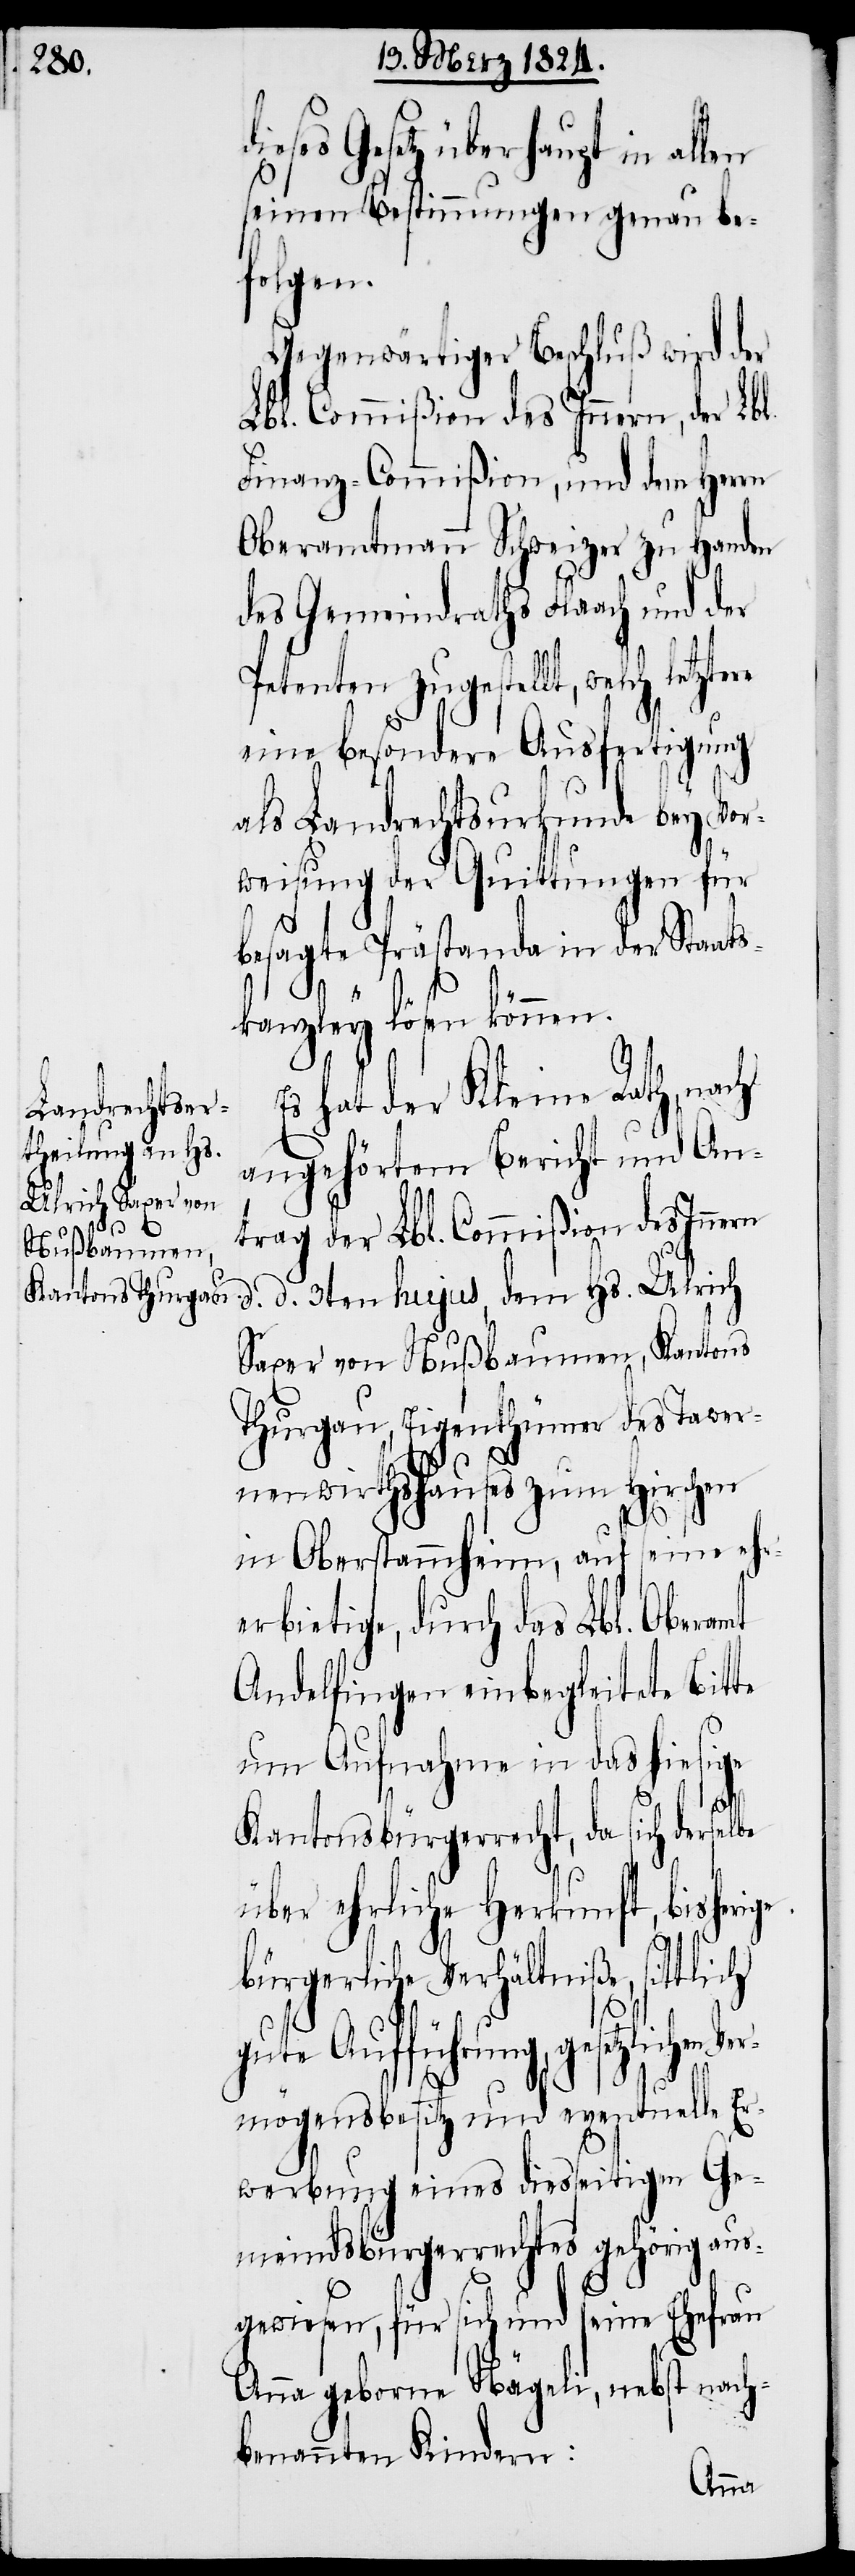
ieses Gesetz überhaupt in allen
seinen Bestimmungen genau be¬
folgen.
Gegenwärtiger Beschluß wird der
Lbl. Commißion des Innern, der Lbl.
Finanz-Commißion, und dem Herrn
Oberamtmann Schweizer zu Handen
des Gemeindraths Flaach und der
Petenten zugestellt, welch letztere
eine besondere Ausfertigung
als Landrechtsurkunde bey Vor¬
weisung der Quittungen für
ern
besagte Prästanda in der Staats¬
d¬
kanzley lösen können.
hat der Kleine Rath, nach
angehörtem Bericht und An¬
trag der Lbl. Commißion des Inn¬
d. d. 3ten hujus, dem Hs. Ulrich
Saxer von Nußbaumen, Kantons
Thurgau, Eigenthümer des Tawer¬
nenwirthshauses zum Hirschen
rbietige, durch das Lbl. Oberamt
Andelfingen einbegleitete Bitte
um Aufnahme in das hiesige
Kantonsbürgerrecht, da sich derselbe
über ehrliche Herkunft, bisherige
bürgerliche Verhältniße, sittlich
gesetzlichen Ver¬
mögensbesitz und eventuelle Er¬
werbung eines diesseitigen Ge¬
meindsbürgerrechtes gehörig aus¬
gewiesen, für sich und seine Ehefrau
Anna geborene Nägeli, nebst nach¬
benannten Kindern: